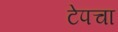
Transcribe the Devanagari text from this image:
टेपचा